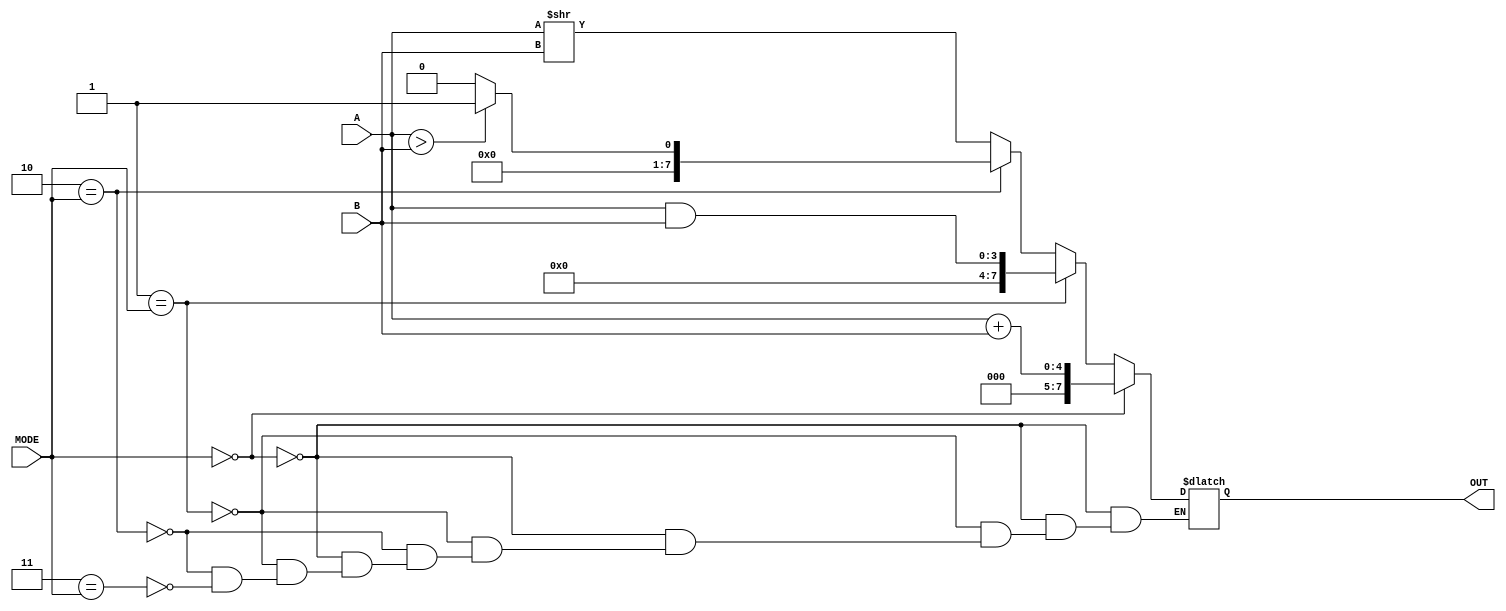
module ALU(OUT,A,B,MODE);
	input [3:0] A,B;
	input [1:0] MODE;
	output reg [7:0] OUT;
	always@(*)
		if(0==MODE)
			OUT = {4'b0,A}+{4'b0,B};
		else if(1==MODE)
			OUT=A&B;
		else if(2==MODE)
			OUT=A>B?1:0;
		else if(3==MODE)
			OUT=A>>B;
endmodule